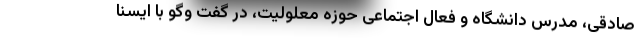
صادقی، مدرس دانشگاه و فعال اجتماعی حوزه معلولیت، در گفت وگو با ایسنا